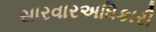
સારવારઅધિકારી